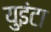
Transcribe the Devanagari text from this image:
युइंटा